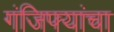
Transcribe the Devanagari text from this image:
गंजिफ्यांचा